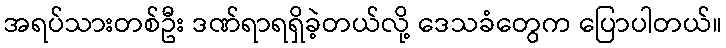
အရပ်သားတစ်ဦး ဒဏ်ရာရရှိခဲ့တယ်လို့ ဒေသခံတွေက ပြောပါတယ်။